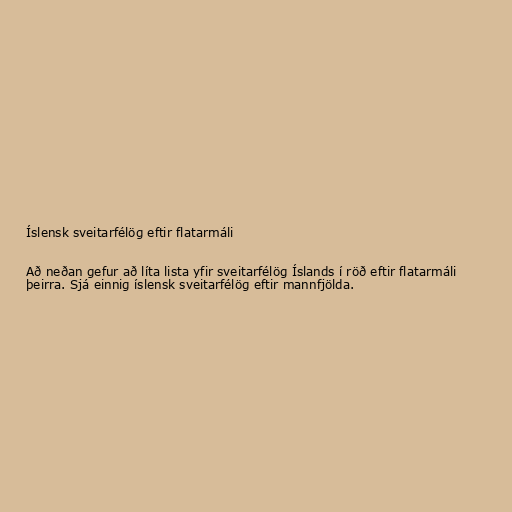
Íslensk sveitarfélög eftir flatarmáli

Að neðan gefur að líta lista yfir sveitarfélög Íslands í röð eftir flatarmáli
þeirra. Sjá einnig íslensk sveitarfélög eftir mannfjölda.